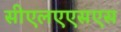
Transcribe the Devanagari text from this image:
सीएलएएसएस